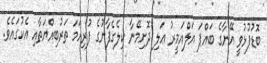
ބޮޑުފުޅުވީ އޭނާގެ ބައްޕަ އަލްއަމީރު ޢަލި ދޮށިމޭނާ ކިލެގެފާނުގެ ފުރިހަމަ ތަރުބިއްޔަތާއި އެކުގައެވެ.